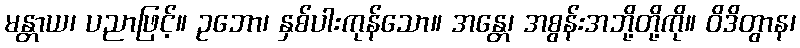
မန္တာယ၊ ပညာဖြင့်။ ဥဘော၊ နှစ်ပါးကုန်သော။ အန္တေ၊ အစွန်းအဘို့တို့ကို။ ဝိဒိတွာန၊